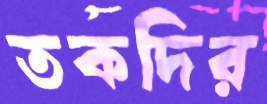
তকদির